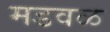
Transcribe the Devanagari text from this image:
मडवळ